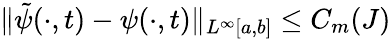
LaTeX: \| \tilde{\psi}(\cdot,t)-\psi(\cdot,t)\| _{L^{\infty}[a,b]}\leq C_{m}(J)